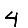
Digit: 4